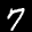
Label: 7